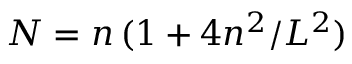
N = n \, ( 1 + 4 n ^ { 2 } / L ^ { 2 } )